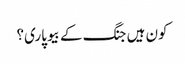
کون ہیں جنگ کے بیوپاری؟